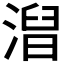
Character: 𣻥